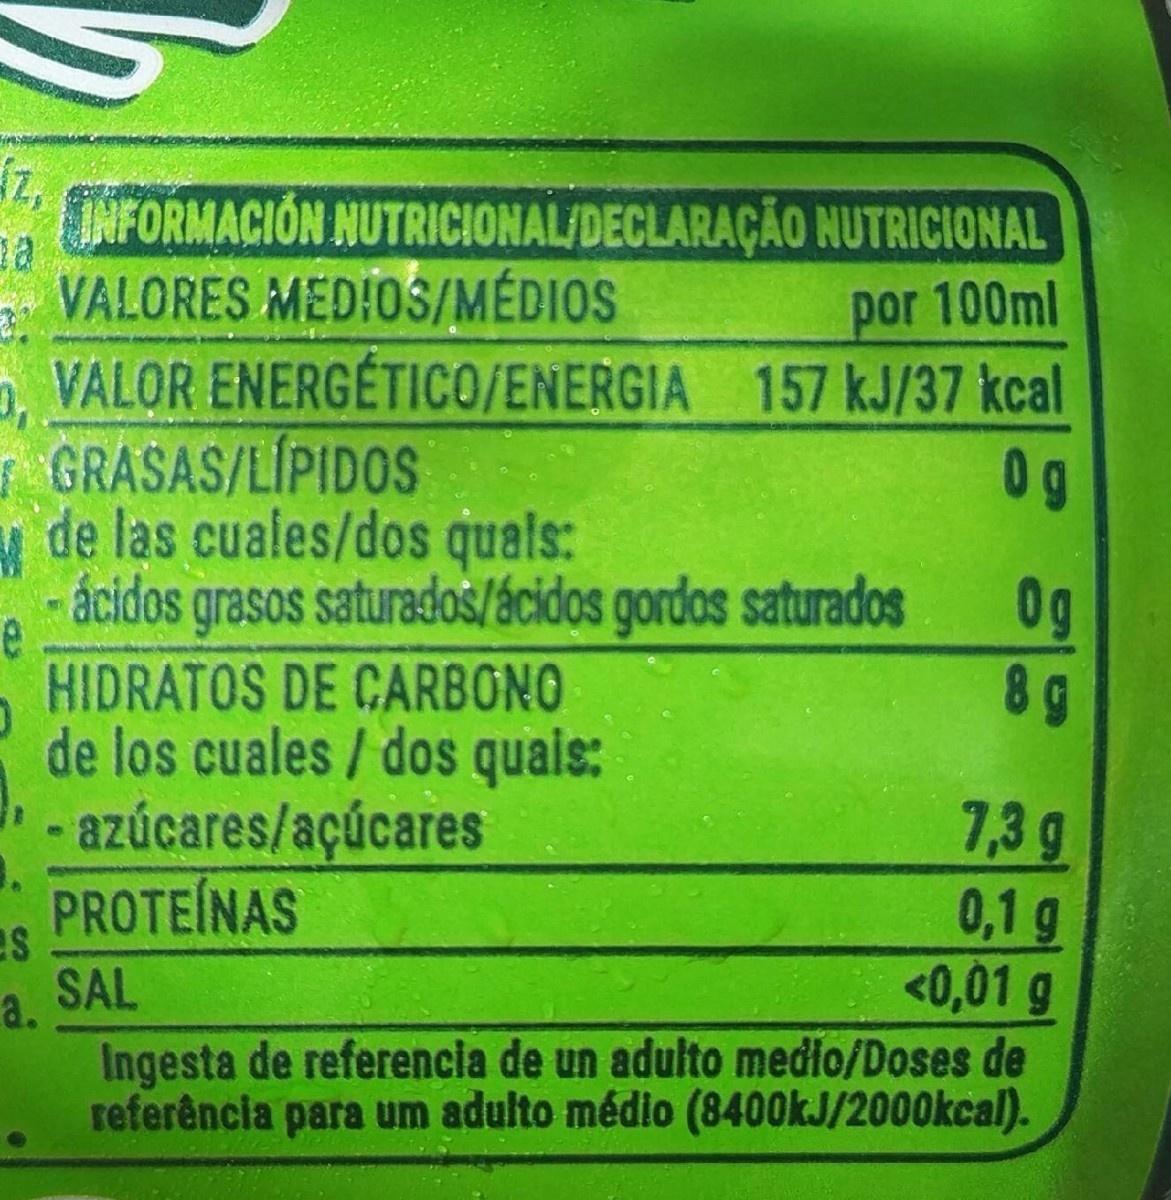
INFORMACION NUTRICIONAL/DECLARAÇÃO NUTRICIONAL VALORES MEDIOS/MÉDIOS por 100ml , VALOR ENERGETICO/ENERGIA 157 kJ/37 kcal 0 g GRASAS/LIPIDOS de las cuales/dos quals: - ácidos grasos saturados/ácidos gordas saturados 0g 8 g HIDRATOS DE CARBONO de los cuales /dos quais: - azúcares/açúcares 7,3 g 0,1 9 <0,01 g PROTEINAS es SAL a. Ingesta de referencia de un adulto medło/Doses de referência para um adulto médio (8400kJ/2000kcal).